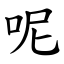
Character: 呢